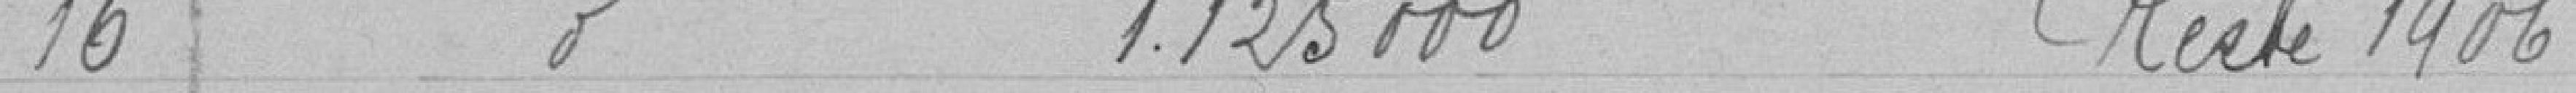
16 Emprunt de 1125000 Reste 1906